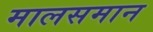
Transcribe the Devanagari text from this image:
मालसमान